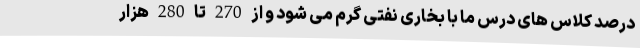
درصد کلاس های درس ما با بخاری نفتی گرم می شود و از 270 تا 280 هزار